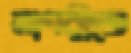
নাগরীতে